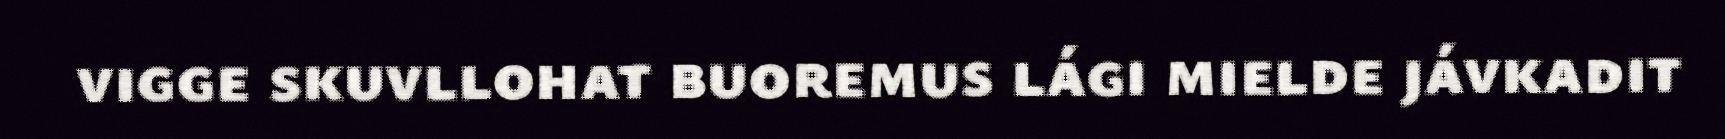
vigge skuvllohat buoremus lági mielde jávkadit